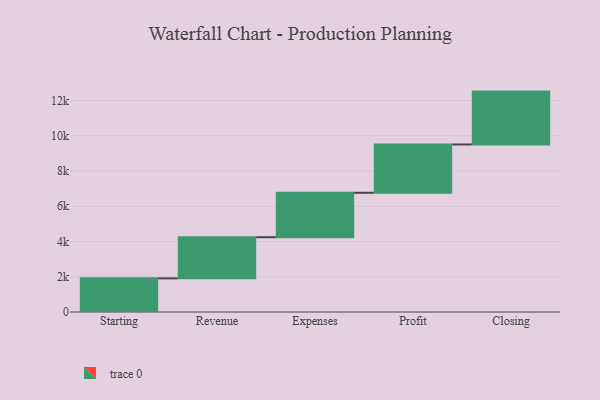
{"axis": {"x": "Step", "y": "Value"}, "legend": [""], "data": [{"x": "Starting", "y": 1908.0, "type": ""}, {"x": "Revenue", "y": 2336.0, "type": ""}, {"x": "Expenses", "y": 2520.0, "type": ""}, {"x": "Profit", "y": 2741.0, "type": ""}, {"x": "Closing", "y": 3000, "type": ""}]}